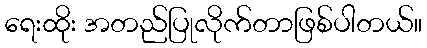
ရေးထိုး အတည်ပြုလိုက်တာဖြစ်ပါတယ်။